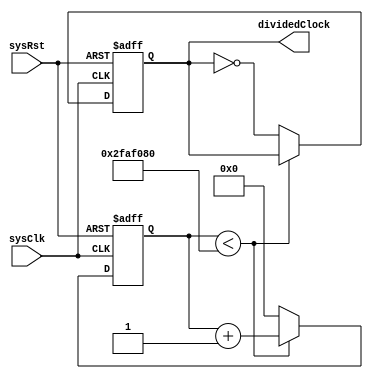
`define REAL_TOGGLE_DIVIDER_COEF (Period*100000/2)


module RealClockGenerator #(
    parameter Period=1000,
    parameter SYS_CLK_SPEED=50000000
)(
    input sysClk,
    input sysRst,
    output reg dividedClock
);
reg [63:0]dividerCounter;
always @(posedge sysClk or posedge sysRst) begin
    if(sysRst) begin
        dividerCounter<=0;
        dividedClock<=0;
    end
    else begin
        if(dividerCounter<`REAL_TOGGLE_DIVIDER_COEF)begin
            dividerCounter<=dividerCounter+1;
        end
        else begin
            dividerCounter<=0;
            dividedClock<=~dividedClock;
        end
    end
end

endmodule